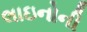
લાઇનોની